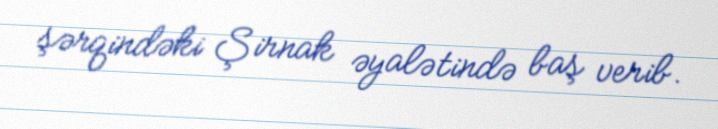
şərqindəki Şirnak əyalətində baş verib.